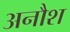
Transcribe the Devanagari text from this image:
अनौश